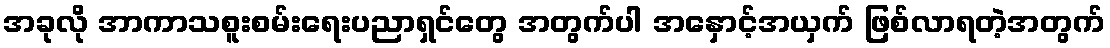
အခုလို အာကာသစူးစမ်းရေးပညာရှင်တွေ အတွက်ပါ အနှောင့်အယှက် ဖြစ်လာရတဲ့အတွက်